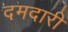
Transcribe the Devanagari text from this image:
दमदारी